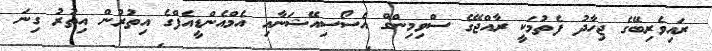
ރައިވެރިބޭގެ ޖިހާދު ފެތުމަކީ ރާއްޖޭގެ ސްވިމިންގް އެސޯސިއޭޝަނާއި އެމްއެންޑީއެފްގެ އިތުރުން އިތުރު ގިނަ